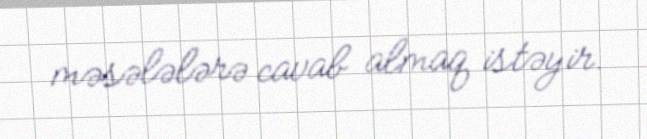
məsələlərə cavab almaq istəyir.